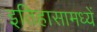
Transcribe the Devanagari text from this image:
इतिहासामध्यें